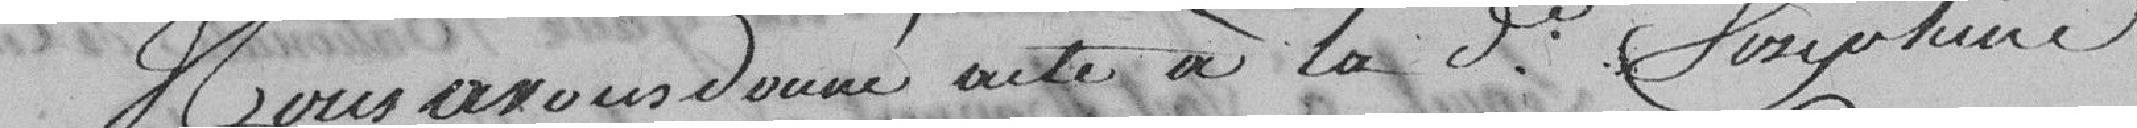
Nous avons donné acte à la veuve Josephiné